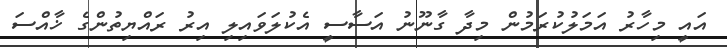
އައީ މިހާރު އަމަލުކުރަމުން މިދާ ގާނޫނު އަސާސީ އެކުލަވައިލި އިރު ރައްޔިތުންގެ ޚާއްސަ